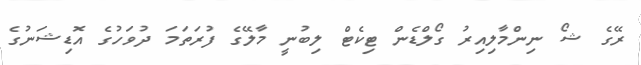
ރޭގެ ޝޯ ނިންމާލިއިރު ގޯލްޑެން ޓިކެޓް ލިބުނީ މާލޭގެ ފުރަތަމަ ދުވަހުގެ އޮޑިޝަނުގެ